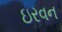
ઇરવન